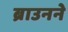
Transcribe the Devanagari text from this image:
ब्राउनने